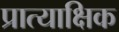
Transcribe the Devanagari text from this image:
प्रात्याक्षिक